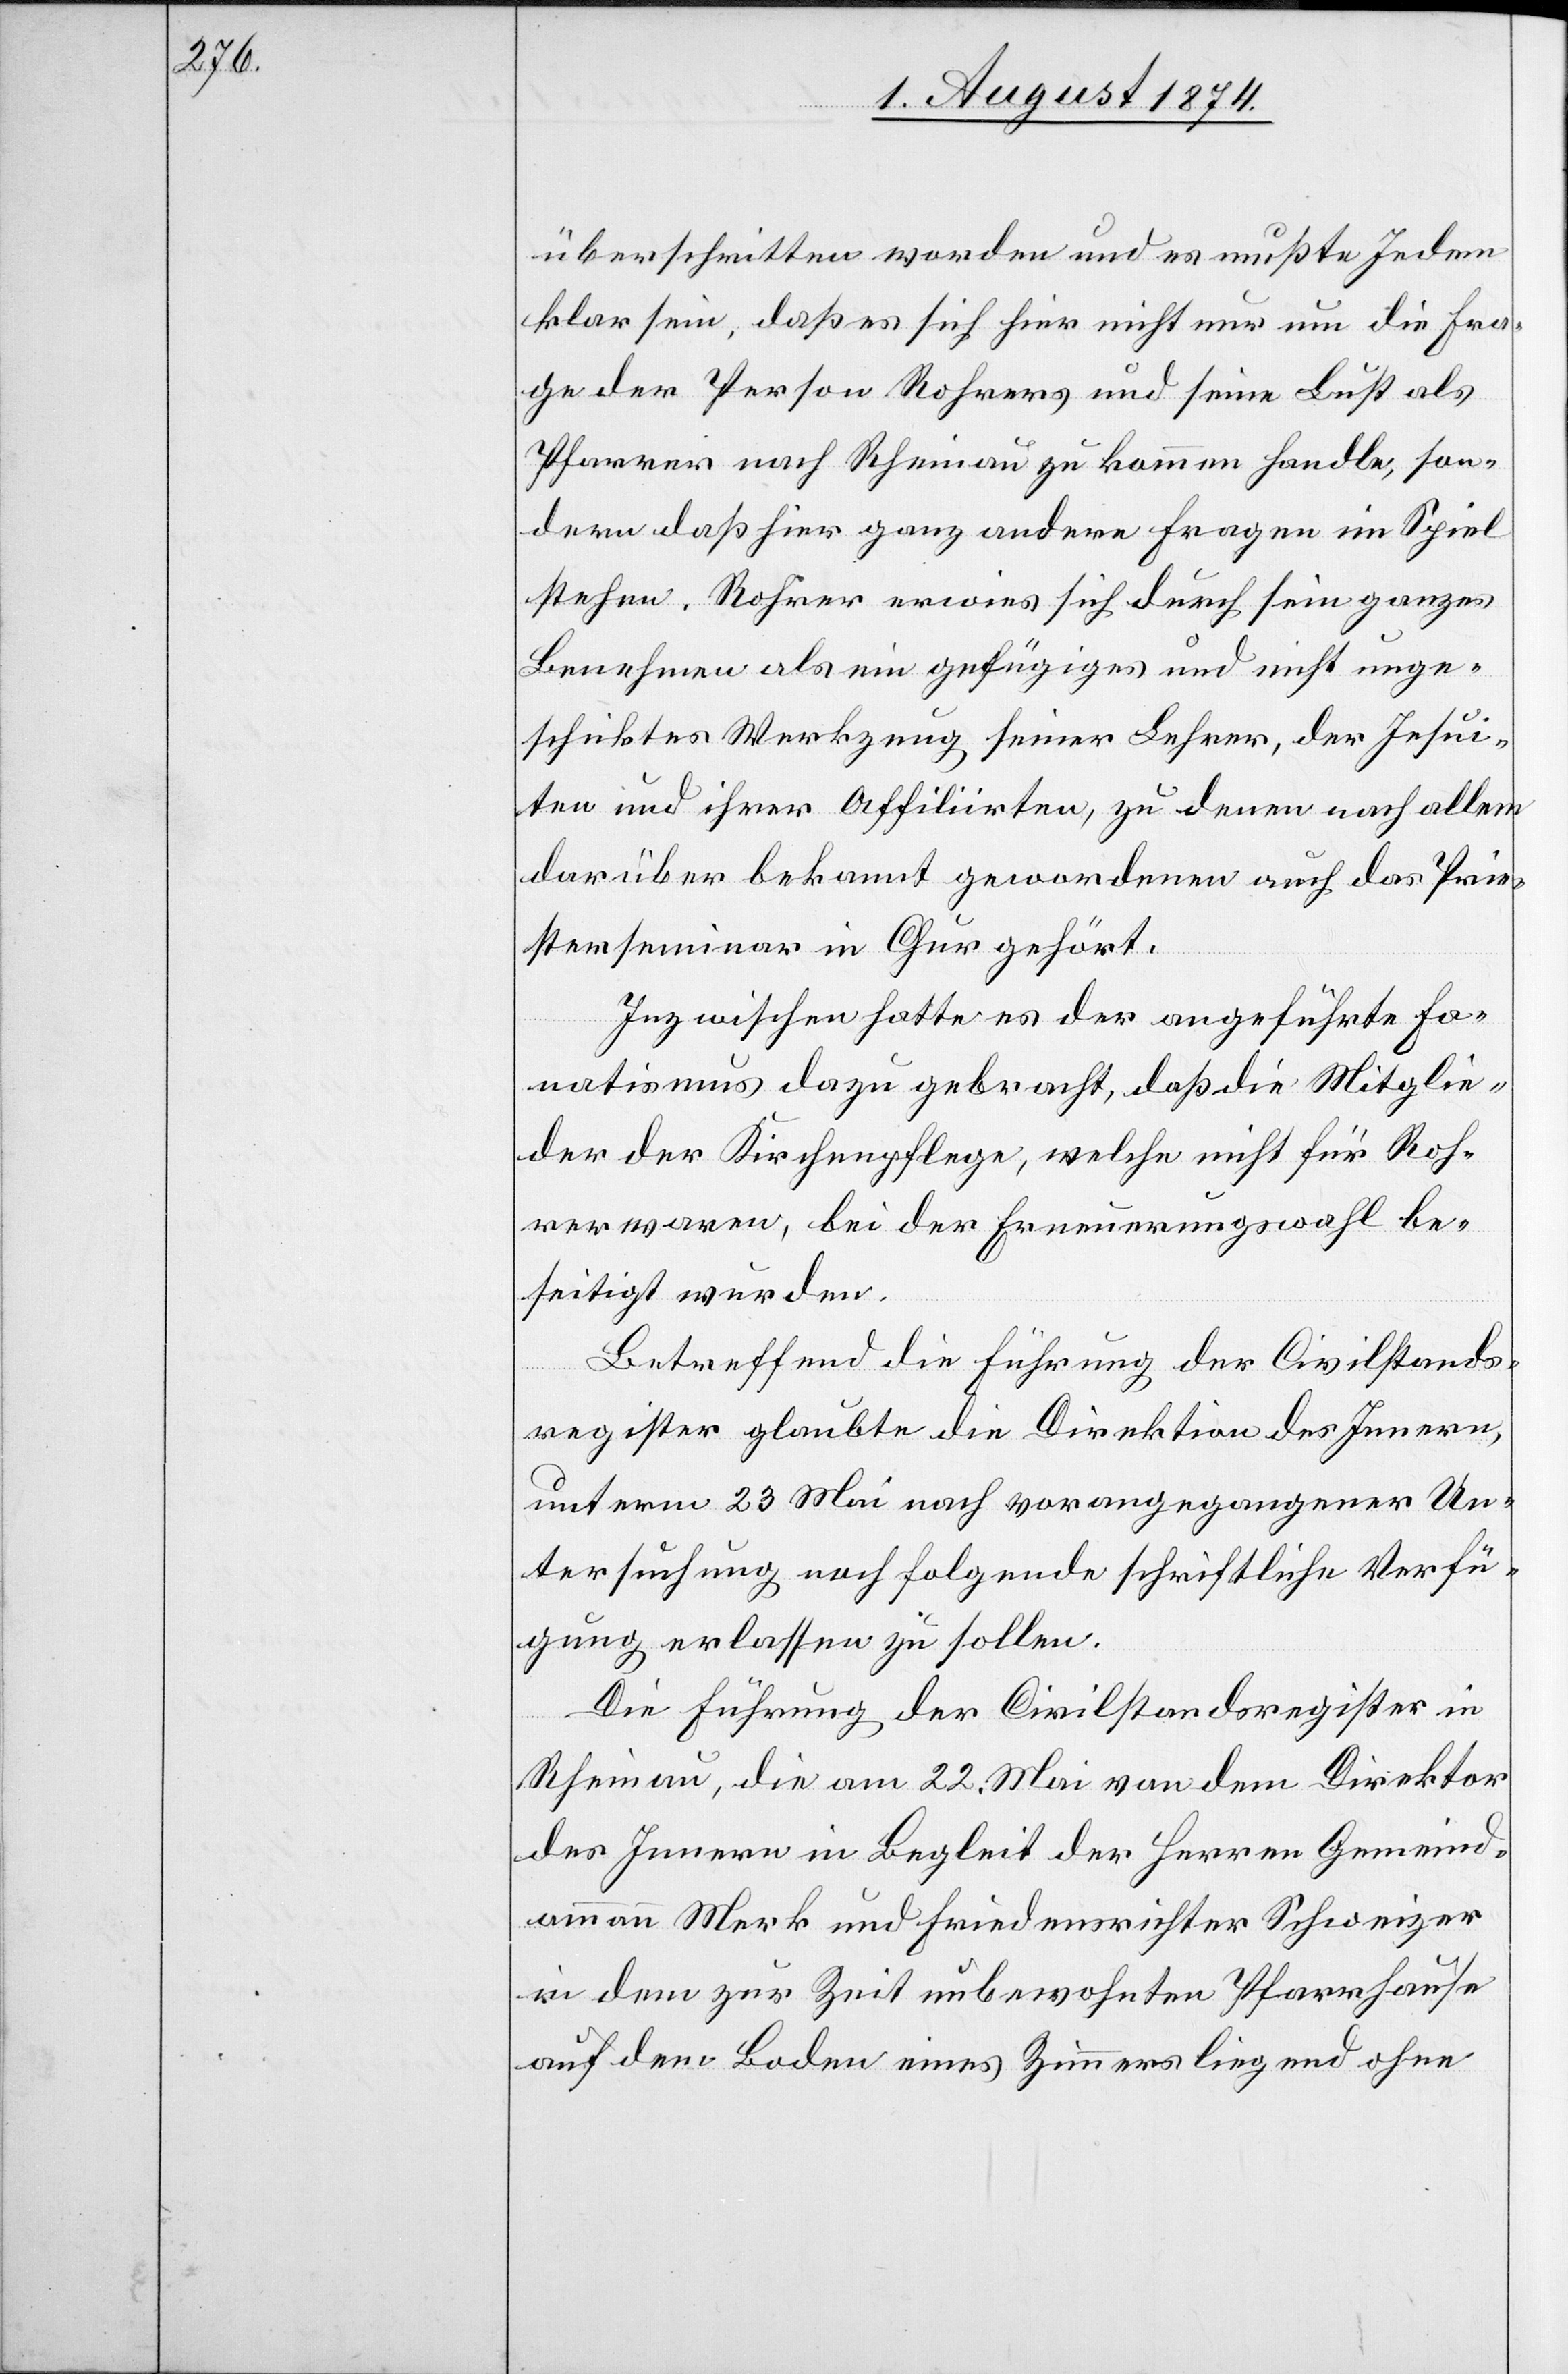
überschritten worden und es mußte Jedem
klar sein, daß es sich hier nicht nur um die Fra¬
ge der Person Rohrers und seine Lust als
Pfarrer nach Rheinau zu kommen handle, son¬
dern daß hier ganz andere Fragen im Spiel
stehen. Rohrer erwies sich durch sein ganzes
Benehmen als ein gefügiges und nicht unge¬
schicktes Werkzeug seiner Lehrer, der Jesui¬
ten und ihrer Affiliirten, zu denen nach allem
darüber bekannt gewordenen auch das Prie¬
sterseminar in Chur gehört.
Inzwischen hatte es der angeführte Fa¬
natismus dazu gebracht, daß die Mitglie¬
der der Kirchenpflege, welche nicht für Roh¬
rer waren, bei der Erneuerungswahl be¬
seitigt wurden.
Betreffend die Führung der Civilstands¬
register glaubte die Direktion des Innern,
unterm 23. Mai nach vorangegangener Un¬
tersuchung noch folgende schriftliche Verfü¬
gung erlassen zu sollen:
Die Führung der Civilstandsregister in
Rheinau, die am 22. Mai von dem Direktor
des Innern in Begleit der Herren Gemeind¬
ammann Merk und Friedensrichter Schweizer
in dem zur Zeit unbewohnten Pfarrhause
auf dem Boden eines Zimmers liegend ohne